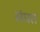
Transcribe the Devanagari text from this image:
संघत